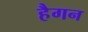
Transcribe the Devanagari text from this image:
हैगन